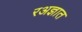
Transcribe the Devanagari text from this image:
रअज्ञात